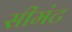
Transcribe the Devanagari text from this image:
सीमंट